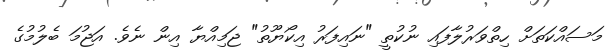
މަސައްކަތަށް ހިތްވަރުލާފައި ނުކުތީ "ނައިފަރު އިކޯޔޫތު" ޖަމިއްޔާ އިން ނެވެ. އަޖުމަ ބެލުމުގެ